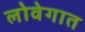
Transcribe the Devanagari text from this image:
लोवेगात